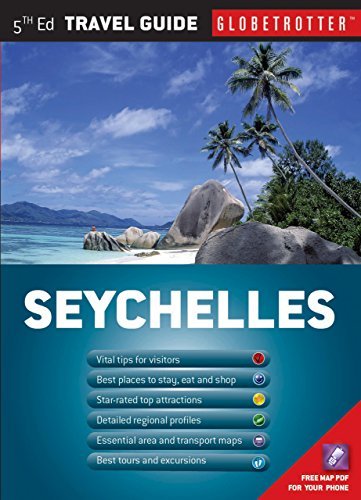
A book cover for By Paul Tingay Seychelles Travel Pack (Globetrotter Travel Packs) (Fifth Edition) [Paperback]; Travel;